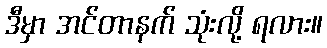
ဒီမှာ အင်တာနက် သုံးလို့ ရလား။